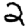
Digit: 2